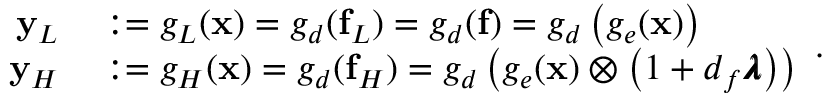
\begin{array} { r l } { \mathbf { y } _ { L } } & { { } : = g _ { L } ( \mathbf { x } ) = g _ { d } ( \mathbf { f } _ { L } ) = g _ { d } ( \mathbf { f } ) = g _ { d } \left( g _ { e } ( \mathbf { x } ) \right) } \\ { \mathbf { y } _ { H } } & { { } : = g _ { H } ( \mathbf { x } ) = g _ { d } ( \mathbf { f } _ { H } ) = g _ { d } \left( g _ { e } ( \mathbf { x } ) \otimes \left( 1 + d _ { f } \pmb { \lambda } \right) \right) } \end{array} .